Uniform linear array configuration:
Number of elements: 4
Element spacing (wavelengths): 0.5
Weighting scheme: exponential
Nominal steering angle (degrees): -15
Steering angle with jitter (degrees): -13.821
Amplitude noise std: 0.05
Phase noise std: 0.05

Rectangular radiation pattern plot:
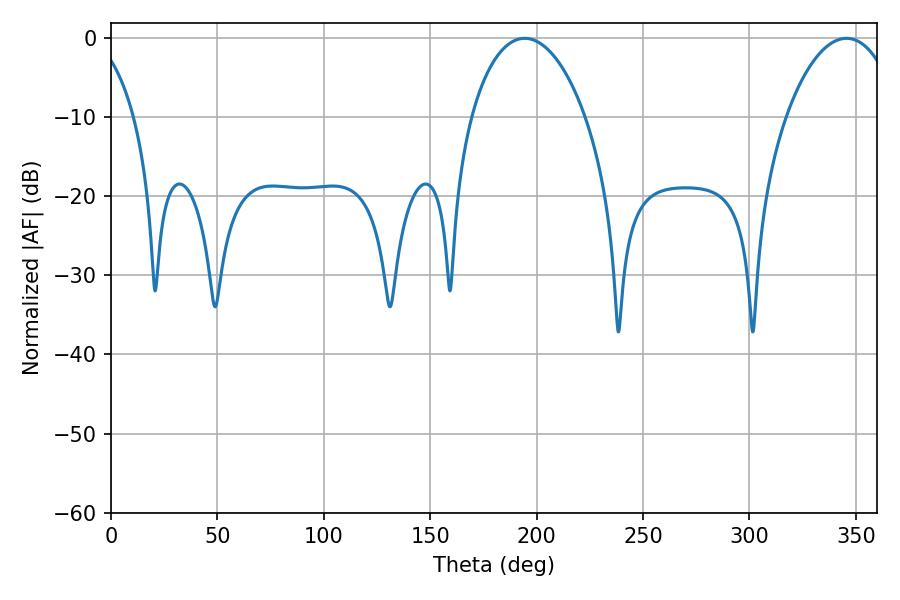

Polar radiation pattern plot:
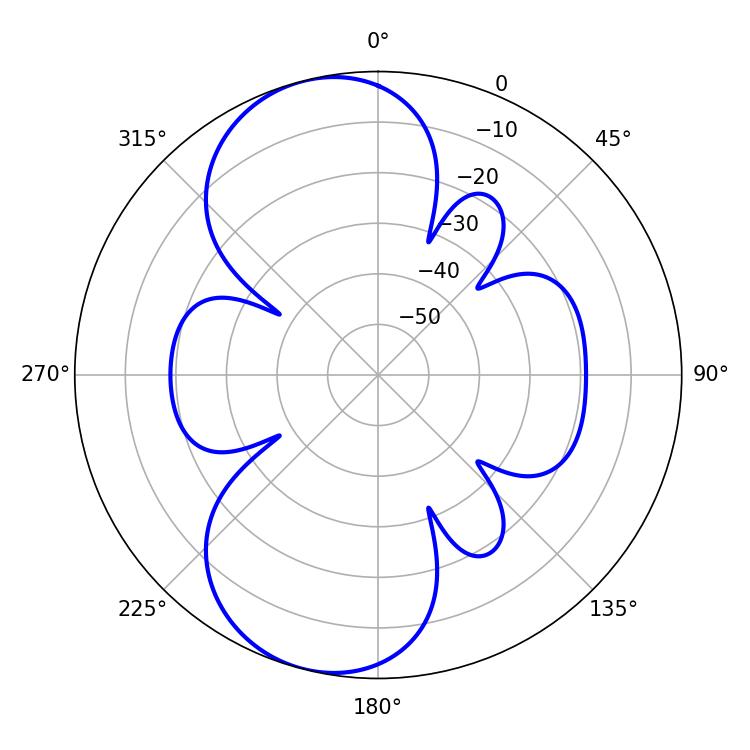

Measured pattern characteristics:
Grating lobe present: FALSE
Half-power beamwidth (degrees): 30.6
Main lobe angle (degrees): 194.4